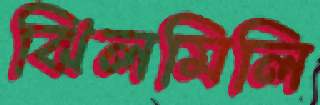
ঝিলমিলি